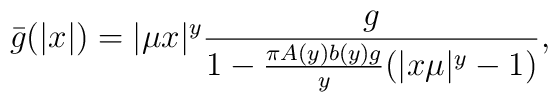
\bar{g}(|x|)=|\mu x|^y\frac{g}{1-\frac{\pi A(y)b(y) g}{y}(|x\mu |^y-1)},